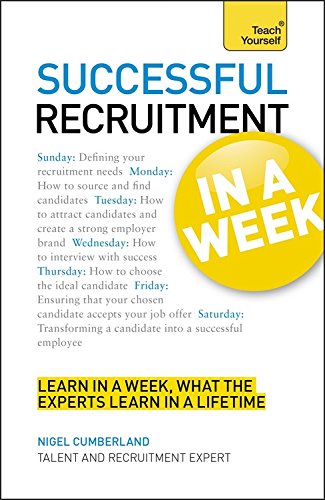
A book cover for Successful Recruitment in a Week (Teach Yourself); Nigel Cumberland; Business & Money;